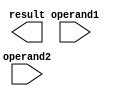
module single_precision_fpu (
    input wire [31:0] operand1, // First floating point operand
    input wire [31:0] operand2, // Second floating point operand
    output reg [31:0] result // Result of the arithmetic operation
);

// Implement arithmetic operations and handling of special cases here

endmodule